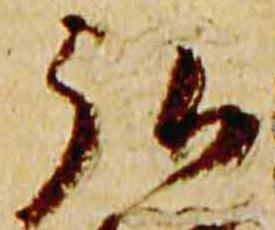
弘